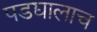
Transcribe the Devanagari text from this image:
पडद्यालाच